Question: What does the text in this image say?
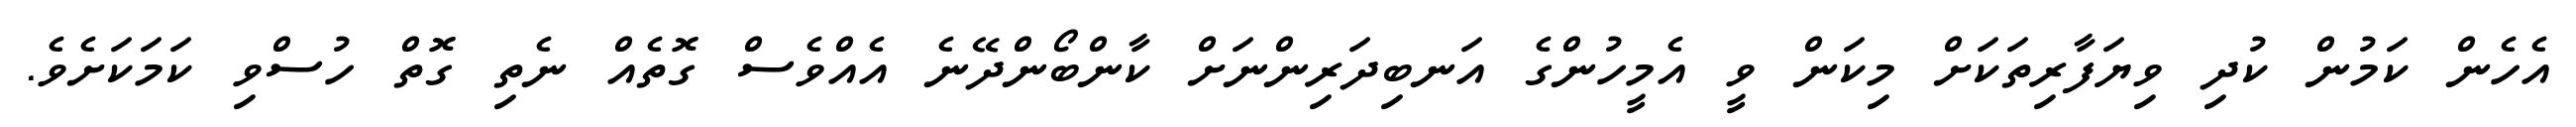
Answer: އެހެން ކަމުން ކުދި ވިޔަފާރިތަކަށް މިކަން ވީ އެމީހުންގެ އަނބިދަރިންނަށް ކާންބޯންދޭނެ އެއްވެސް ގޮތެއް ނެތި ގޮތް ހުސްވި ކަމަކަށެވެ.